Report of the Municipal Commissioner on the plague in Bombay for the year ending 31st May... - Volume 1
Disease focus: Plague
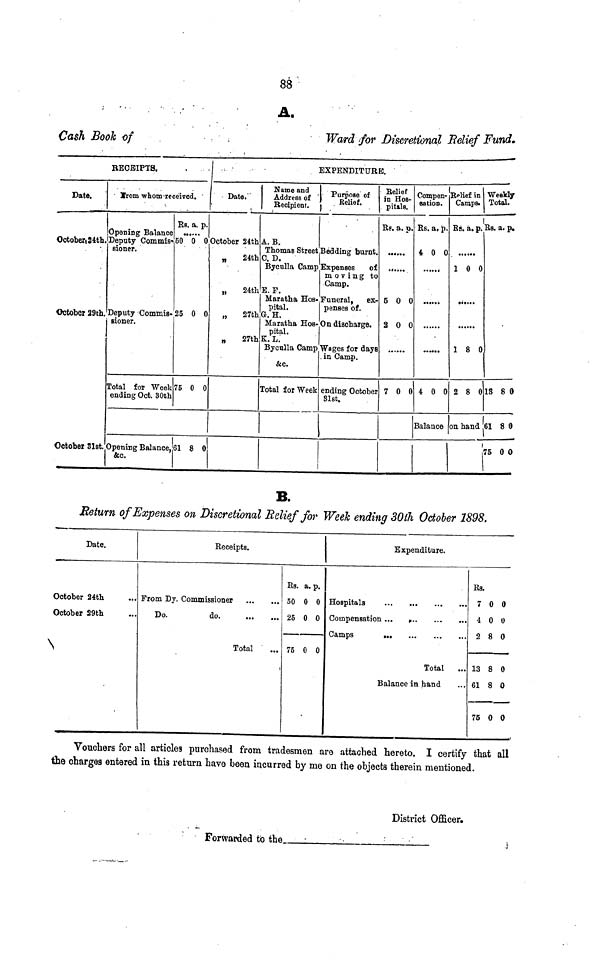
88
A.
Cash Book of
Ward for Discretional Relief Fund.
RECEIPTS.
Date.
October,24th.
October 29th.
October 31st.
y rom whom received.
Opening Balance
Deputy Commis-
sioner.
Deputy Commis-
sioner.
Total for Week
ending Oct. 30th
Rs. a. p.
......
50 0 0
25 0 0
75 0 0
Opening Balance.
&c.
61 8 0
EXPENDITURE.
Date.
October 24th
„
24th
„
24th
„
27th
„
27th
Name and
Address of
Recipient.
A.B.
Thomas Street B
C. D.
Byculla Camp I
E. F.
Maratha HOs-
pital.
G.H.
Maratha Hos-On
pital.
K. L.
Byculla Camp
&e.
Total for Week c
1
Purpose of
Belief.
edding burnt.
Expenses
of
moving to
Camp.
Funeral, ex-
penses of.
discharge.
Wages for days
in Camp.
ending October
81st.
Relief
in Hos-
pitals.
Rs. a. p.
......
.....
5 0 0
2 0 0
7 0 0
Compen-
sation.
Rs. a. p.
4 0 0
4 0 0
Balance
Relief in
Camps.
Rs. a. p.
1 0 0
1 8 0
2 8 0
on. hand
Weekly
Total.
Rs. a. p.
13 8 0
61 8 0
75 0 0
B.
Return of Expenses on Discretional Relief for Week ending 30th October 1898.
Date.
October 24th
October 29th
Receipts.
From Dy. Commissioner
Do.
do.
Total
Rs. a. p.
50 0 0
25 0 0
75 0 0
Expenditure.
Hospitals
... .. .
...
...
Camps
...
...
..
...
Total
Balance in hand
Bs.
7 0 0
400
2 8 0
13 8 0
61 8 0
75 0 0
Vouchers for all articles purchased from tradesmen are attached hereto. I certify that all
the charges entered in this return have been incurred by me on the objects therein mentioned.
District Officer.
Forwarded to the